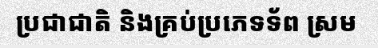
ប្រជាជាតិ និងគ្រប់ប្រភេទទ័ព ស្រម